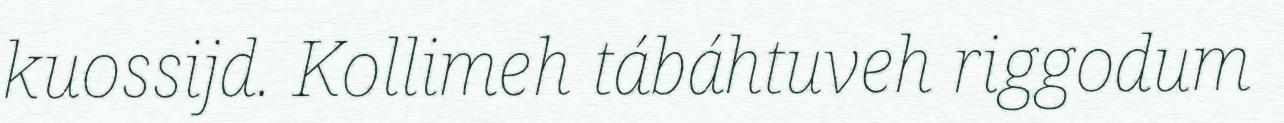
kuossijd. Kollimeh tábáhtuveh riggodum